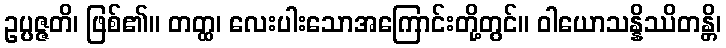
ဥပ္ပဇ္ဇတိ၊ ဖြစ်၏။ တတ္ထ၊ လေးပါးသောအကြောင်းတို့တွင်။ ဝါယောသန္နိဿိတန္တိ၊